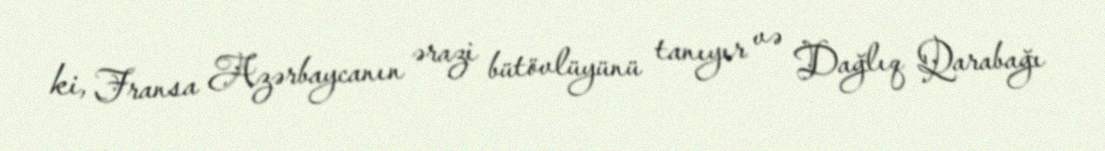
ki, Fransa Azərbaycanın ərazi bütövlüyünü tanıyır və Dağlıq Qarabağı